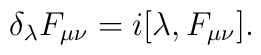
\delta_\lambda F_{\mu\nu}= i[\lambda, F_{\mu\nu}].